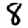
Digit: 8